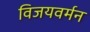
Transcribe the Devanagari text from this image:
विजयवर्मन